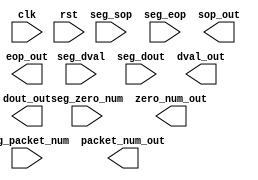


// multi lut pipe for different segment
// 

`timescale 1ns/1ps 

module lut_pipe_multi

# ( parameter   
                D_LUT_POLY               = 0 ,
                D_CRC_REG_INIT           = 0 ,
                SEG_NUM                  = 0 ,
                BUS_WIDTH                = 0 , // 1024
                BUS_WIDTH_MULTI_6        = 0 , // 1026
                MOD_WIDTH                = 0 ,
                CMP_LAYER                = 0 , // 4       // C_XOR
                LUT_NUM_LAYER_1          = 0 , // 171 
                LUT_NUM_LAYER_2          = 0 , // 29  
                LUT_NUM_LAYER_3          = 0 , // 5   
                LUT_NUM_LAYER_4          = 0 , // 1   
                LUT_NUM_LAYER_5          = 0 , // 0   
                LUT_NUM_LAYER_6          = 0 , // 0   
                LUT_NUM_LAYER_7          = 0 , // 0   
                LUT_NUM_LAYER_8          = 0 ,  // 0            
                LUT_OUT_NUM_LAYER_1      = 0 , // 174 
                LUT_OUT_NUM_LAYER_2      = 0 , // 30  
                LUT_OUT_NUM_LAYER_3      = 0 , // 6   
                LUT_OUT_NUM_LAYER_4      = 0 , // 1   
                LUT_OUT_NUM_LAYER_5      = 0 , // 0   
                LUT_OUT_NUM_LAYER_6      = 0 , // 0   
                LUT_OUT_NUM_LAYER_7      = 0 , // 0   
                LUT_OUT_NUM_LAYER_8      = 0   // 0   
   

  )

 ( 


            input                           clk            ,
            input                           rst            ,
            input  [SEG_NUM-1:0]            seg_sop        ,
            input  [SEG_NUM-1:0]            seg_eop        ,
            input  [SEG_NUM-1:0]            seg_dval       ,
            input  [SEG_NUM*4-1:0]          seg_packet_num ,
            input  [SEG_NUM*12-1:0]         seg_zero_num   ,
            input  [SEG_NUM*BUS_WIDTH-1:0]  seg_dout       ,             
            
            output  [SEG_NUM-1:0]            sop_out        ,
            output  [SEG_NUM-1:0]            eop_out        ,
            output  [SEG_NUM-1:0]            dval_out       ,
            output  [SEG_NUM*4-1:0]          packet_num_out ,
            output  [SEG_NUM*12-1:0]         zero_num_out   ,
            output  [SEG_NUM*32-1:0]         dout_out         
 ) ;


// LUT_POLY 

// file for generate the parameter : =
parameter [0:SEG_NUM*LUT_NUM_LAYER_1*64*16-1]   LUT_POLY     = D_LUT_POLY     ;
parameter [0:SEG_NUM*32-1]                      CRC_REG_INIT = D_CRC_REG_INIT ;



genvar i,j;
generate
        for (i=0; i<SEG_NUM; i=i+1) begin : multi_seg_process
            lut_pipe_top_new #(
                .BUS_WIDTH            ( BUS_WIDTH           ) , // 1024
                .BUS_WIDTH_MULTI_6    ( BUS_WIDTH_MULTI_6   ) , // 1026
                .MOD_WIDTH            ( MOD_WIDTH           ) ,
                .LUT_POLY             ( LUT_POLY[i*LUT_NUM_LAYER_1*64*16:((i+1)*LUT_NUM_LAYER_1*64*16-1)]            ) ,
                .CRC_REG_INIT         ( CRC_REG_INIT[i*32:((i+1)*32-1)]        ) ,//(SEG_NUM-1-i)*32:((SEG_NUM-1-i+1)*32-1)   not [i*32:((i+1)*32-1)]  because CRC_INT640CRC_INT
                .CMP_LAYER            ( CMP_LAYER           ) , // 4       // C_XOR
                .LUT_NUM_LAYER_1      ( LUT_NUM_LAYER_1     ) , // 171 
                .LUT_NUM_LAYER_2      ( LUT_NUM_LAYER_2     ) , // 29  
                .LUT_NUM_LAYER_3      ( LUT_NUM_LAYER_3     ) , // 5   
                .LUT_NUM_LAYER_4      ( LUT_NUM_LAYER_4     ) , // 1   
                .LUT_NUM_LAYER_5      ( LUT_NUM_LAYER_5     ) , // 0   
                .LUT_NUM_LAYER_6      ( LUT_NUM_LAYER_6     ) , // 0   
                .LUT_NUM_LAYER_7      ( LUT_NUM_LAYER_7     ) , // 0   
                .LUT_NUM_LAYER_8      ( LUT_NUM_LAYER_8     ) , // 0            
                .LUT_OUT_NUM_LAYER_1  ( LUT_OUT_NUM_LAYER_1 ) , // 174 
                .LUT_OUT_NUM_LAYER_2  ( LUT_OUT_NUM_LAYER_2 ) , // 30  
                .LUT_OUT_NUM_LAYER_3  ( LUT_OUT_NUM_LAYER_3 ) , // 6   
                .LUT_OUT_NUM_LAYER_4  ( LUT_OUT_NUM_LAYER_4 ) , // 1   
                .LUT_OUT_NUM_LAYER_5  ( LUT_OUT_NUM_LAYER_5 ) , // 0   
                .LUT_OUT_NUM_LAYER_6  ( LUT_OUT_NUM_LAYER_6 ) , // 0   
                .LUT_OUT_NUM_LAYER_7  ( LUT_OUT_NUM_LAYER_7 ) , // 0   
                .LUT_OUT_NUM_LAYER_8  ( LUT_OUT_NUM_LAYER_8 )   // 0 
            ) u_lut_pipe_top_new (
                .clk(clk),
                .rst(rst),
                .sop_in             ( seg_sop [i]                                ), // seg_sop [SEG_NUM-1-i] 
                .eop_in             ( seg_eop [i]                                ), // seg_eop [SEG_NUM-1-i] 
                .dval_in            ( seg_dval[i]                                ), // seg_dval[SEG_NUM-1-i] 
                .packet_num_in      ( seg_packet_num[4*(i+1)-1:4*i]               ),//seg_packet_num[4*(SEG_NUM-i)-1:4*(SEG_NUM-1-i)]          
                .mod_in             ( seg_zero_num[12*(i+1)-1:12*i]               ),//seg_zero_num[12*(SEG_NUM-i)-1:12*(SEG_NUM-1-i)]          
                .din                ( seg_dout[BUS_WIDTH*(i+1)-1:BUS_WIDTH*i]     ),//seg_dout[BUS_WIDTH*(SEG_NUM-i)-1:BUS_WIDTH*(SEG_NUM-1-i)]
                
                .sop_out            ( sop_out  [i]                               )  ,
                .eop_out            ( eop_out  [i]                               )  , // eop_out  [SEG_NUM-1-i]
                .dval_out           ( dval_out [i]                                )  , // dval_out [SEG_NUM-1-i]
                .packet_num_out     ( packet_num_out[4*(i+1)-1:4*i]               ), // packet_num_out[4*(SEG_NUM-i)-1:4*(SEG_NUM-1-i)]          
                .mod_out            ( zero_num_out[12*(i+1)-1:12*i]               ), // zero_num_out[12*(SEG_NUM-i)-1:12*(SEG_NUM-1-i)]          
                .dout               ( dout_out[32*(i+1)-1:32*i]                  )  // dout_out[32*(SEG_NUM-i)-1:BUS_WIDTH*(32-1-i)]
            );
        end
endgenerate















// reg            out_see_seg_sop[0:63]   ;
// reg            out_see_seg_eop[0:63]   ;
// reg            out_see_seg_dval[0:63]  ;
// reg [3:0]      out_see_seg_packet_num[0:63] ; // 4bit*64seg
// reg [11:0]     out_see_seg_zero_num[0:63] ; // 12bit*64seg the bytes from eo(in a certain segment) to the end of the beat(some segment are treated aszeros); 
// reg [63:0]     out_see_seg_dout[0:63]  ; // 4096 bits with 64 seg  

// integer k ;
// always @(*) begin

//     for ( k=0; k<64; k=k+1 ) begin
//                out_see_seg_sop[k] <=  seg_sop [k]                              ;
//                out_see_seg_eop[k] <=  seg_eop [k]                              ;
//               out_see_seg_dval[k] <=  seg_dval[k]                              ;
//         out_see_seg_packet_num[k] <=  seg_packet_num [k*4+3 -: 4   ] ;
//           out_see_seg_zero_num[k] <=  seg_zero_num   [k*12+11 -: 12] ;
//               out_see_seg_dout[k] <=  seg_dout       [(k+1)*BUS_WIDTH-1 -: BUS_WIDTH] ;
//     end


// end



// reg            out_see_crc_seg_eop[0:63]   ;
// reg            out_see_crc_seg_dval[0:63]  ;
// reg [31:0]     out_see_crc_seg_dout[0:63]  ; // 2048 bits with 64 seg  



// always @(*) begin

//     for ( k=0; k<64; k=k+1 ) begin
//                out_see_crc_seg_eop[k] <=  eop_out [k]                              ;
//               out_see_crc_seg_dval[k] <=  dval_out[k]                              ;
//               out_see_crc_seg_dout[k] <=  dout_out       [(k+1)*32-1 -: 32] ;
//     end


// end





endmodule


//
// .clk(clk),
// .rst(rst),
// .sop_in              ( seg_sop [i]                               ), //   seg_sop [SEG_NUM-1-i] 
// .eop_in              ( seg_eop [i]                               ), //   seg_eop [SEG_NUM-1-i] 
// .dval_in             ( seg_dval[i]                               ), //   seg_dval[SEG_NUM-1-i] 
// .packet_num_in       ( seg_packet_num[4*(i+1)-1:4*i]             ),//  seg_packet_num[4*(SEG_NUM-i)-1:4*(SEG_NUM-1-i)]          
// .mod_in              ( seg_zero_num[12*(i+1)-1:12*i]             ),//  seg_zero_num[12*(SEG_NUM-i)-1:12*(SEG_NUM-1-i)]          
// .din                 ( seg_dout[BUS_WIDTH*(i+1)-1:BUS_WIDTH*i]   ),//  seg_dout[BUS_WIDTH*(SEG_NUM-i)-1:BUS_WIDTH*(SEG_NUM-1-i)]
// .eop_out             ( eop_out  [i]                              ), //                     eop_out  [SEG_NUM-1-i]
// .dval_out            ( dval_out [i]                              ), //                     dval_out [SEG_NUM-1-i]
// .packet_num_out      ( packet_num_out[4*(i+1)-1:4*i]             ), // packet_num_out[4*(SEG_NUM-i)-1:4*(SEG_NUM-1-i)]          
// .mod_out             ( zero_num_out[12*(i+1)-1:12*i]             ), // zero_num_out[12*(SEG_NUM-i)-1:12*(SEG_NUM-1-i)]          
// .dout                ( dout_out[32*(i+1)-1:32*i]                 )  //               dout_out[32*(SEG_NUM-i)-1:32*(SEG_NUM-1-i)]